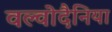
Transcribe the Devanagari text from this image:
वल्वोदैनिया